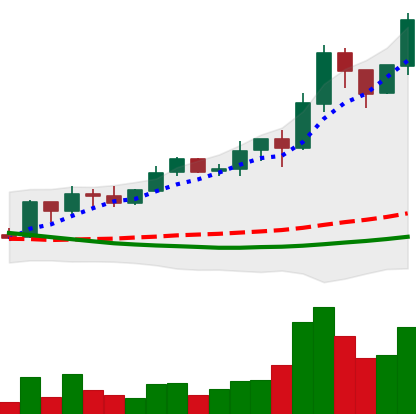
Ticker: ADA-USD
Chart end date: 2019-03-27
Forward return: 7.005%
Label: up_7plus